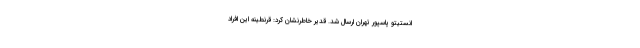
انستیتو پاسپور تهران ارسال شد. قدیر خاطرنشان کرد: قرنطینه این افراد